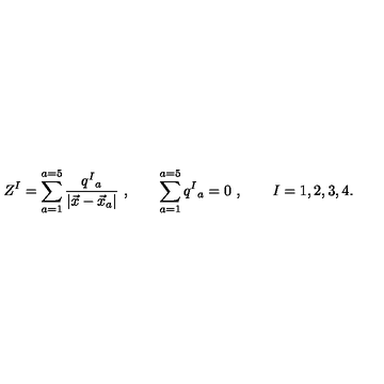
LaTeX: Z ^ { I } = \sum _ { a = 1 } ^ { a = 5 } { \frac { q ^ { I } { } _ { a } } { | \vec { x } - \vec { x } _ { a } | } } \ , \qquad \sum _ { a = 1 } ^ { a = 5 } q ^ { I } { } _ { a } = 0 \ , \qquad I = 1 , 2 , 3 , 4 .